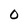
Character: 0